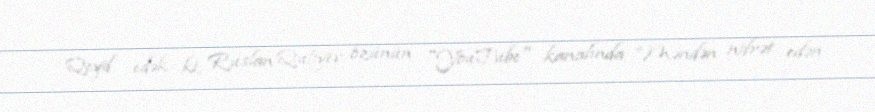
Qeyd edək ki, Ruslan Quliyev özünün "YouTube" kanalında “Məndən nifrət edən